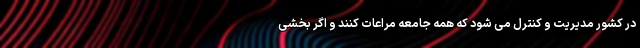
در کشور مدیریت و کنترل می شود که همه جامعه مراعات کنند و اگر بخشی